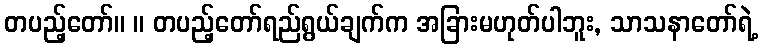
တပည့်တော်။ ။ တပည့်တော်ရည်ရွယ်ချက်က အခြားမဟုတ်ပါဘူး, သာသနာတော်ရဲ့